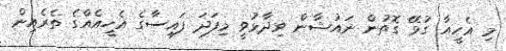
މި އެހީއާ ގުޅޭ ގޮތުން ނައުޝާން ވިދާޅުވީ މިފަދަ ފައިސާގެ އެހީއެއްގެ ތެރެއިން